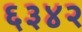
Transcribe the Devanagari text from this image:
६३४२